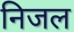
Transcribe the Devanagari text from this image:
निजल